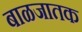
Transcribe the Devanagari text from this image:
बाळजातक